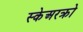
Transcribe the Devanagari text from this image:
स्केअरक्रो